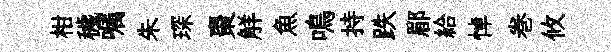
柑穢嘱朱琛棗觧魚鳴持跌郿給悼巻攸